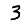
Digit: 3